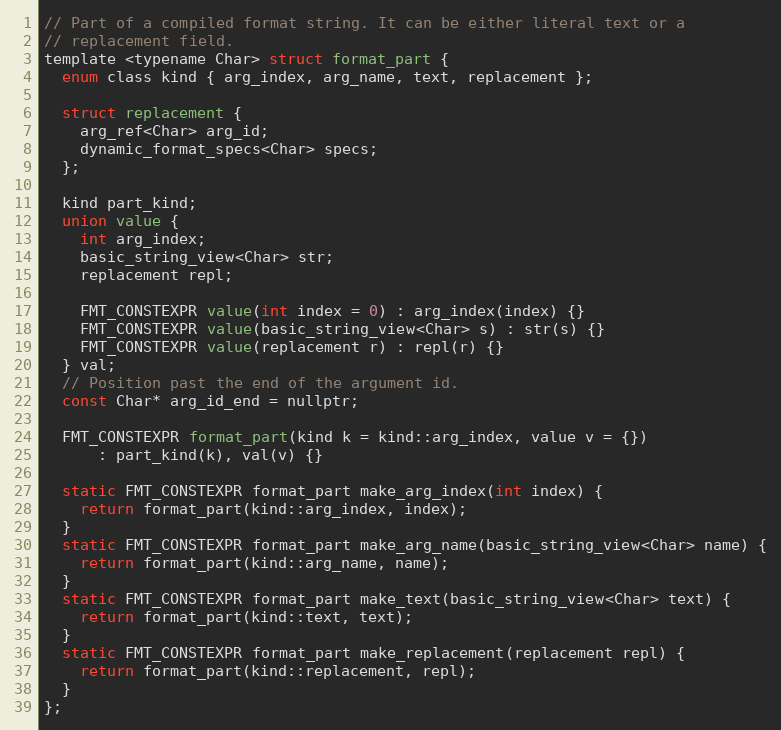
Language: C
// Part of a compiled format string. It can be either literal text or a
// replacement field.
template <typename Char> struct format_part {
  enum class kind { arg_index, arg_name, text, replacement };

  struct replacement {
    arg_ref<Char> arg_id;
    dynamic_format_specs<Char> specs;
  };

  kind part_kind;
  union value {
    int arg_index;
    basic_string_view<Char> str;
    replacement repl;

    FMT_CONSTEXPR value(int index = 0) : arg_index(index) {}
    FMT_CONSTEXPR value(basic_string_view<Char> s) : str(s) {}
    FMT_CONSTEXPR value(replacement r) : repl(r) {}
  } val;
  // Position past the end of the argument id.
  const Char* arg_id_end = nullptr;

  FMT_CONSTEXPR format_part(kind k = kind::arg_index, value v = {})
      : part_kind(k), val(v) {}

  static FMT_CONSTEXPR format_part make_arg_index(int index) {
    return format_part(kind::arg_index, index);
  }
  static FMT_CONSTEXPR format_part make_arg_name(basic_string_view<Char> name) {
    return format_part(kind::arg_name, name);
  }
  static FMT_CONSTEXPR format_part make_text(basic_string_view<Char> text) {
    return format_part(kind::text, text);
  }
  static FMT_CONSTEXPR format_part make_replacement(replacement repl) {
    return format_part(kind::replacement, repl);
  }
};